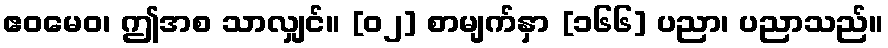
ဧဝမေဝ၊ ဤအစ သာလျှင်။ [၀၂] စာမျက်နှာ [၁၆၆] ပညာ၊ ပညာသည်။